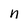
Character: n